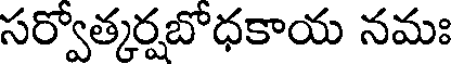
సర్వోత్కర్షబోధకాయ నమః